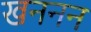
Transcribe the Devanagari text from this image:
खननन